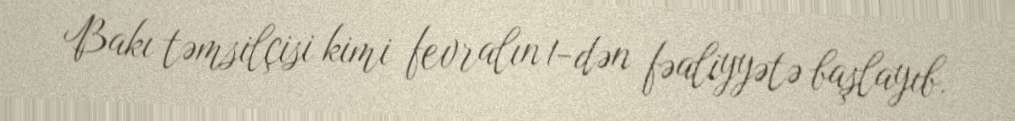
Bakı təmsilçisi kimi fevralın 1-dən fəaliyyətə başlayıb.